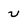
Character: u